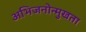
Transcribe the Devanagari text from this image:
अभिजनोन्मुखता